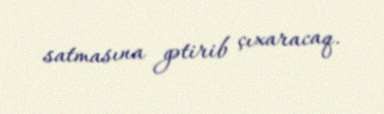
satmasına gətirib çıxaracaq.